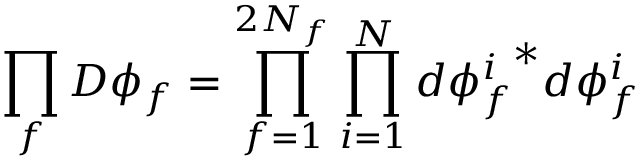
\prod _ { f } D \phi _ { f } = \prod _ { f = 1 } ^ { 2 N _ { f } } \prod _ { i = 1 } ^ { N } d { \phi _ { f } ^ { i } } ^ { * } d \phi _ { f } ^ { i }